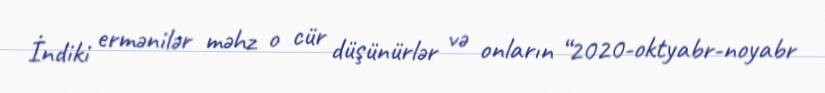
İndiki ermənilər məhz o cür düşünürlər və onların “2020-oktyabr-noyabr